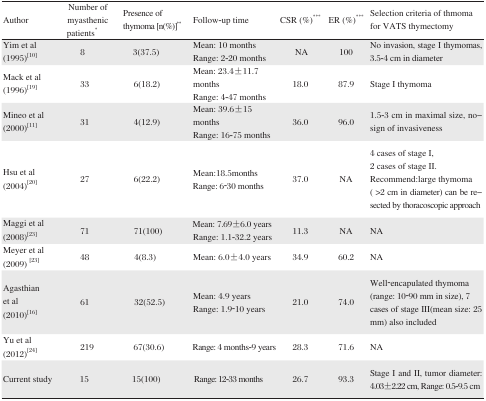
<table><thead><tr><td><b>Author</b></td><td><b>Number of myasthenic patients*</b></td><td><b>Presence of thymoma [n(%)]**</b></td><td><b>Follow-up time</b></td><td><b>CSR (%)***</b></td><td><b>ER (%)***</b></td><td><b>Selection criteria of thmoma for VATS thymectomy</b></td></tr></thead><tbody><tr><td rowspan="2">Yim et al (1995)[10]</td><td rowspan="2">8</td><td rowspan="2">3(37.5)0</td><td>Mean: 10 months</td><td rowspan="2">NA</td><td rowspan="2">100</td><td rowspan="2">No invasion, stage I thymomas, 3.5–4 cm in diameter</td></tr><tr><td>Range: 2-20 months</td></tr><tr><td rowspan="2">Mack et al (1996)[19]</td><td rowspan="2">33</td><td rowspan="2">6(18.2)0</td><td>Mean: 23.4±11.7 months</td><td rowspan="2">18.0</td><td rowspan="2">87.9</td><td rowspan="2">Stage I thymoma</td></tr><tr><td>Range: 4–47 months</td></tr><tr><td rowspan="2">Mineo et al (2000)[11]</td><td rowspan="2">31</td><td rowspan="2">4(12.9)0</td><td>Mean: 39.6±15 months</td><td rowspan="2">36.0</td><td rowspan="2">96.0</td><td rowspan="2">1.5–3 cm in maximal size, nosign of invasiveness</td></tr><tr><td>Range: 16–75 months</td></tr><tr><td rowspan="2">Hsu et al (2004)[20]</td><td rowspan="2">27</td><td rowspan="2">6(22.2)0</td><td>Mean:18.5months</td><td rowspan="2">37.0</td><td rowspan="2">NA</td><td>4 cases of stage I, 2 cases of stage II.</td></tr><tr><td>Range: 6–30 months</td><td>Recommend:large thymoma (&gt;2 cm in diameter) can be resected by thoracoscopic approach</td></tr><tr><td rowspan="2">Maggi et al (2008)[23]</td><td rowspan="2">71</td><td rowspan="2">71(100)0</td><td>Mean: 7.69±6.0 years</td><td rowspan="2">11.3</td><td rowspan="2">NA</td><td rowspan="2">NA</td></tr><tr><td>Range: 1.1–32.2 years</td></tr><tr><td>Meyer et al (2009)[23]</td><td>48</td><td>4(8.3)00</td><td>Mean: 6.0±4.0 years</td><td>34.9</td><td>60.2</td><td>NA</td></tr><tr><td rowspan="2">Agasthian et al (2010)[16]</td><td rowspan="2">61</td><td rowspan="2">32(52.5)</td><td>Mean: 4.9 years</td><td rowspan="2">21.0</td><td rowspan="2">74.0</td><td rowspan="2">Well-encapulated thymoma (range: 10–90 mm in size), 7 cases of stage III(mean size: 25 mm) also included</td></tr><tr><td>Range: 1.9–10 years</td></tr><tr><td>Yu et al (2012)[24]</td><td>219</td><td>67(30.6)</td><td>Range: 4 months-9 years</td><td>28.3</td><td>71.6</td><td>NA</td></tr><tr><td>Current study</td><td>15</td><td>15(100)0</td><td>Range: 12–33 months</td><td>26.7</td><td>93.3</td><td>Stage I and II, tumor diameter: 4.03±2.22 cm, Range: 0.5–9.5 cm</td></tr></tbody></table>